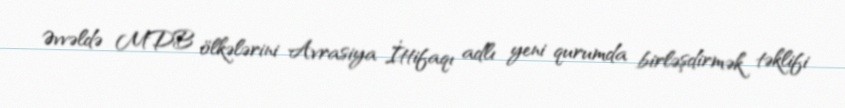
Əvvəldə MDB ölkələrini Avrasiya İttifaqı adlı yeni qurumda birləşdirmək təklifi